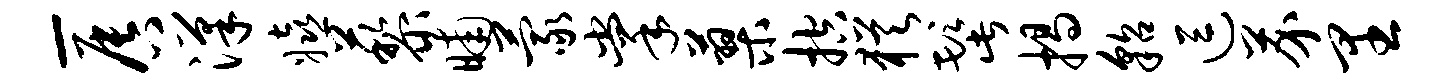
-唇汉嬉藜晡蒙掌蓼控犹髭揭貂逗芥里